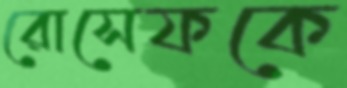
রোসেফকে